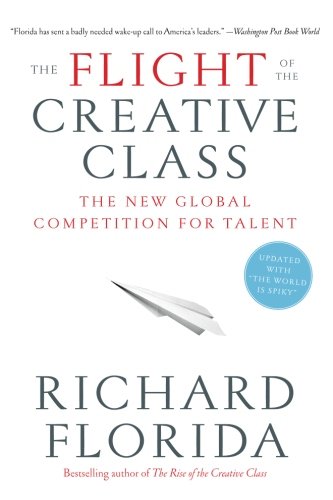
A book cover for The Flight of the Creative Class: The New Global Competition for Talent; Richard Florida; Business & Money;